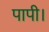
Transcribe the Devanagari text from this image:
पापी।